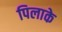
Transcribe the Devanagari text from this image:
पिलाके